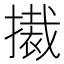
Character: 𭢚